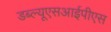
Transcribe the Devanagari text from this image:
डब्ल्यूएसआईपीएस